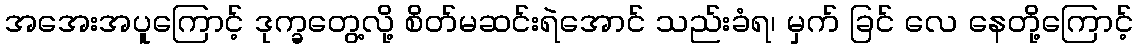
အအေးအပူကြောင့် ဒုက္ခတွေ့လို့ စိတ်မဆင်းရဲအောင် သည်းခံရ၊ မှက် ခြင် လေ နေတို့ကြောင့်